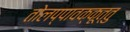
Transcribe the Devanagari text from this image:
तोलप्पावक्कूत्तु